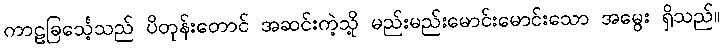
ကာဠခြင်္သေ့သည် ပိတုန်းတောင် အဆင်းကဲ့သို့ မည်းမည်းမောင်းမောင်းသော အမွေး ရှိသည်။